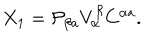
LaTeX: X _ { 1 } = { \cal P } _ { \beta a } V _ { \alpha } ^ { \beta } C ^ { \alpha a } .